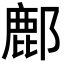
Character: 鄜